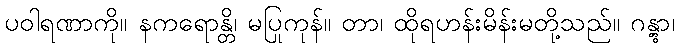
ပဝါရဏာကို။ နကရောန္တိ၊ မပြုကုန်။ တာ၊ ထိုရဟန်းမိန်းမတို့သည်။ ဂန္တွာ၊